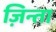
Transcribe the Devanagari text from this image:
ज़िन्ता